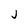
Character: j